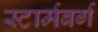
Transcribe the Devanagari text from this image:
स्टार्मबर्ग